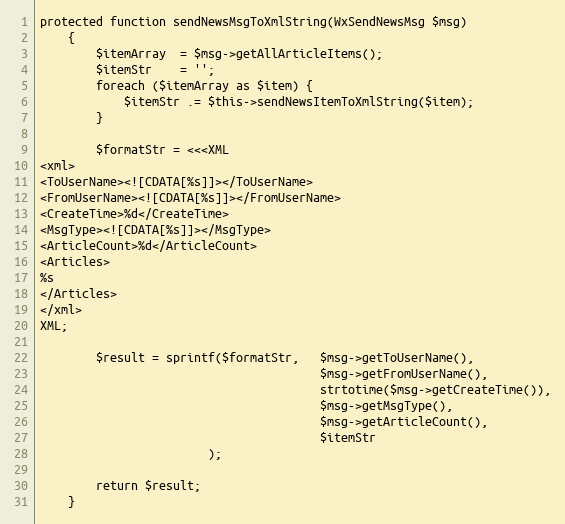
Language: PHP
protected function sendNewsMsgToXmlString(WxSendNewsMsg $msg)
    {
        $itemArray  = $msg->getAllArticleItems();
        $itemStr    = '';
        foreach ($itemArray as $item) {
            $itemStr .= $this->sendNewsItemToXmlString($item);
        }

        $formatStr = <<<XML
<xml>
<ToUserName><![CDATA[%s]]></ToUserName>
<FromUserName><![CDATA[%s]]></FromUserName>
<CreateTime>%d</CreateTime>
<MsgType><![CDATA[%s]]></MsgType>
<ArticleCount>%d</ArticleCount>
<Articles>
%s
</Articles>
</xml>
XML;

        $result = sprintf($formatStr,   $msg->getToUserName(),
                                        $msg->getFromUserName(),
                                        strtotime($msg->getCreateTime()),
                                        $msg->getMsgType(),
                                        $msg->getArticleCount(),
                                        $itemStr
                        );

        return $result;
    }